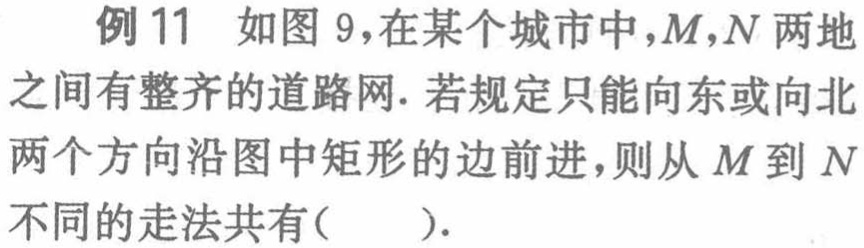
例 11 如图 9，在某个城市中，\(M,N\) 两地之间有整齐的道路网. 若规定只能向东或向北两个方向沿图中矩形的边前进，则从 \(M\) 到 \(N\) 不同的走法共有( ).